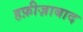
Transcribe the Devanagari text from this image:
हफ़ीज़ाबाद